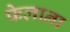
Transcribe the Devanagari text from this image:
फेलाना